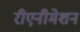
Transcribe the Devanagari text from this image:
रीएनीमेशन